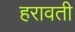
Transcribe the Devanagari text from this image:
हरावती